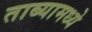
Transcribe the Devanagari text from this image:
ताब्यामध्ये